Vabadussoja_Ajaloo_Komitee, lk 33
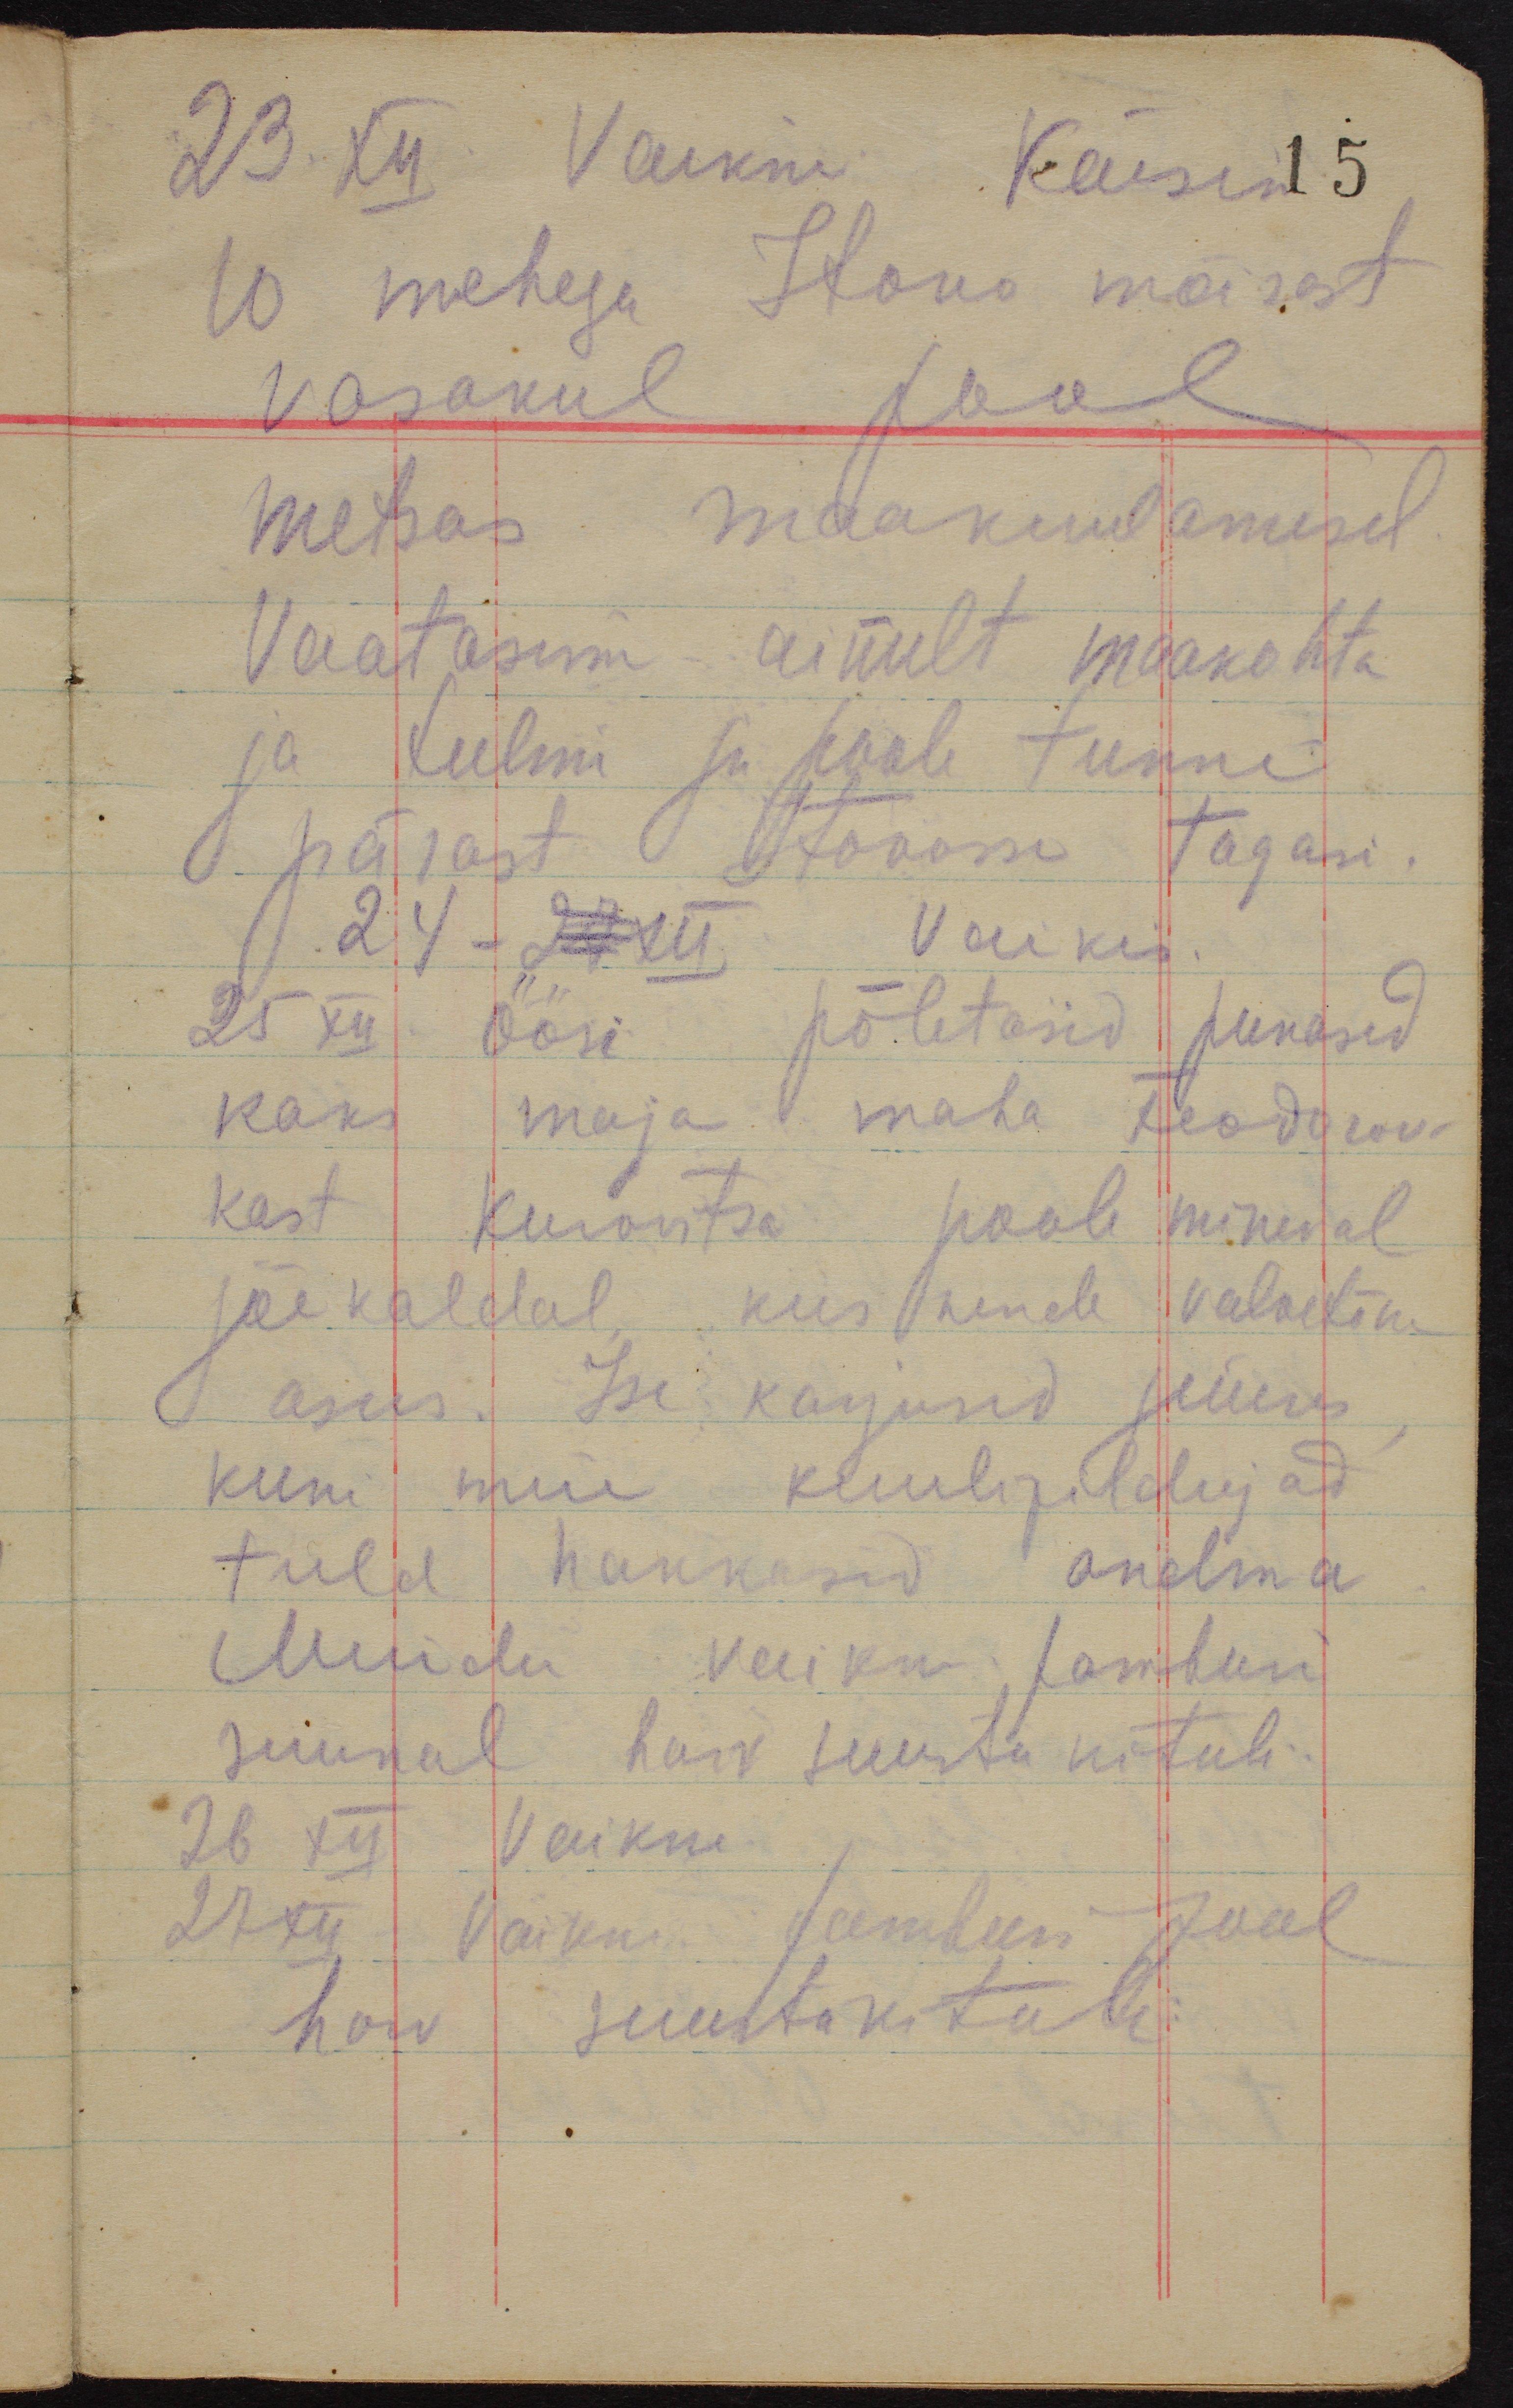
23.XII. Vaikne. Käisin
15
10 mehega Itovo mõisast
vasakul pool
metsas maakuulamisel.
Vaatasime ainult maakohta
ja tulim ju poole tunni
pärast Itovosse tagasi.
24-27 XII Vaikus.
25 XII öösi põletasid punased
kaks maja maha Feodorov-
kast Kurovitsa poole mineval
jõekaldal, kus nende valvetõke
asus. Ise karjusid juures,
kuni meie kuulipildujad
tuld hakkasid andma.
Muidu vaikne, Jamburi
suunal harv suurtükituli.
26 XII Vaikne.
27 XII Vaikne. Jamburi pool
harv suurtükituli.